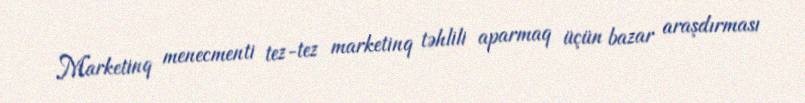
Marketinq menecmenti tez-tez marketinq təhlili aparmaq üçün bazar araşdırması